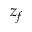
z _ { f }